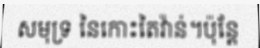
សមុទ្រ នៃកោះតៃវ៉ាន់។ប៉ុន្តែ